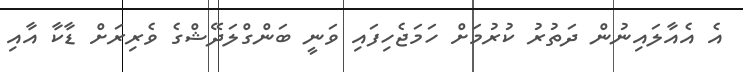
އެ އެއާލައިނުން ދަތުރު ކުރުމަށް ހަމަޖެހިފައި ވަނީ ބަންގްލަދޭޝްގެ ވެރިރަށް ޑާކާ އާއި